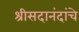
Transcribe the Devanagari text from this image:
श्रीसदानंदांचे